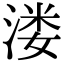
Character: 溇